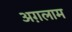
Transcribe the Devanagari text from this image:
अग़लाम